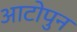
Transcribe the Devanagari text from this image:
आटोपुन